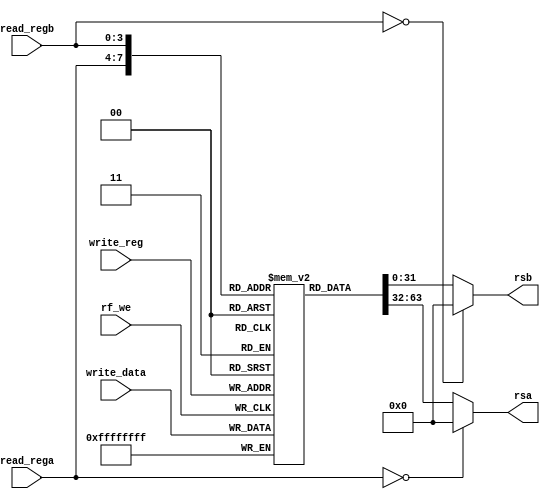
// 55:035 sisc processor project
// register file

`timescale 1ns/100ps

module rf (read_rega, read_regb, write_reg, write_data, rf_we, rsa, rsb);

  /*
   *  REGISTER FILE - rf.v
   *
   *  Inputs:
   *   - read_rega (4 bits): Address to be read for RA.
   *   - read_regb (4 bits): Address to be read for RB.
   *   - write_reg (4 bits): Address of register to be written to when rf_we
   *        is set to 1.
   *   - write_data (32 bits): Data to write to register write_reg when rf_we
   *        is set to 1.
   *   - rf_we: Write enable. When this is set to 1, the data on write_data
   *        is copied into register write_reg.
   *
   *  Outputs:
   *   - rsa (32 bits): Contents of register read_rega. Note that R0 is always
   *        read as 0x00000000, for both RA and RB.
   *   - rsb (32 bits): Contents of register read_regb.
   *
   */

  input  [3:0]  read_rega;
  input  [3:0]  read_regb;
  input  [3:0]  write_reg;
  input  [31:0] write_data;
  input  rf_we;
  
  output [31:0] rsa;
  output [31:0] rsb;
  
  reg    [31:0] ram_array [15:0];
  reg    [31:0] rsa;
  reg    [31:0] rsb = 32'H00000000;

  integer i; 
  // initialize register file to 0
  initial
  begin
     for (i = 0; i < 16; i = i + 1) begin
       ram_array[i] <= 32'H00000000;
     end
  end

  // read process is sensitive to read address.
  // reg 0 always returns 0 to allow boot strapping
  always @(read_rega, rf_we)
  begin
    if (read_rega == 4'H0)
      rsa <= 32'H00000000;
    else
      rsa <= ram_array[read_rega];
  end

  always @(read_regb, rf_we)
  begin
    if (read_regb == 4'H0)
      rsb <= 32'H00000000;
    else    
      rsb <= ram_array[read_regb];
  end

  // write process is sensitive to write enable
  always @(posedge rf_we)
  begin
    ram_array[write_reg] <= write_data;
  end
  
endmodule